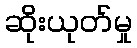
ဆိုးယုတ်မှု